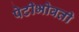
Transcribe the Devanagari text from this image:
पेटीभोवती